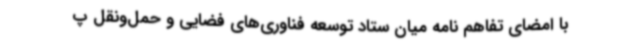
با امضای تفاهم نامه میان ستاد توسعه فناوری‌های فضایی و حمل‌ونقل پ